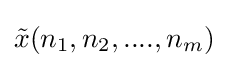
{\tilde {x}}(n_{1},n_{2},....,n_{m})